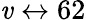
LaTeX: \mathit{v}\leftrightarrow62